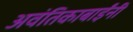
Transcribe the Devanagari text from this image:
अवंतिकाबाईंनी